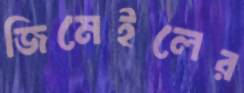
জিমেইলের